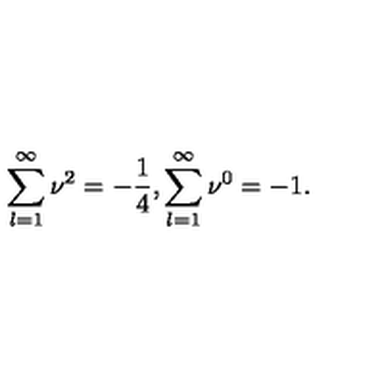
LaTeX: \sum _ { l = 1 } ^ { \infty } \nu ^ { 2 } = - \frac { 1 } { 4 } , \sum _ { l = 1 } ^ { \infty } \nu ^ { 0 } = - 1 .